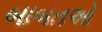
બાબતઓ